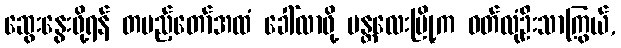
ဆွေးနွေးဖို့ရန် တပည့်တော်အထံ ခေါ်လာဖို့ မန္တလေးမြို့က ဝတ်လုံဦးသာကြွယ်,